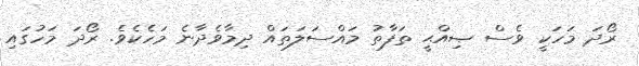
ރޯދަ މަހަކީ ވެސް ޞިއްޙީ ތަފާތު މައްސަލަތައް ދިމާވެދާނެ މަހެކެވެ. ރޯދަ މަހުގައި